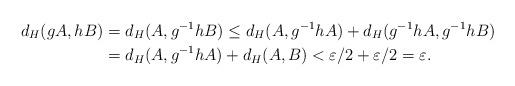
LaTeX: \begin{align*}d_H(gA, hB)&=d_H(A, g^{-1}hB)\leq d_H(A,g^{-1}hA)+d_H(g^{-1}hA,g^{-1}hB)\\&=d_H(A,g^{-1}hA)+d_H(A,B)<\varepsilon/2+\varepsilon/2=\varepsilon. \end{align*}